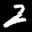
Label: 2